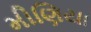
મીણિયા